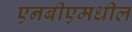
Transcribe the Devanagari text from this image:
एनबीएमधील